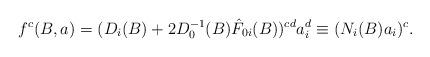
LaTeX: \begin{align*}f^c(B,a) = (D_i(B) + 2D_0^{-1}(B) \hat{F}_{0i} (B))^{cd} a_i^d\equiv (N_i(B) a_i)^c.\end{align*}